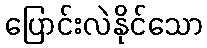
ပြောင်းလဲနိုင်သော